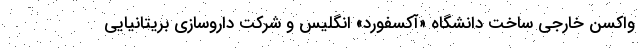
واکسن خارجی ساخت دانشگاه «آکسفورد» انگلیس و شرکت داروسازی بریتانیایی